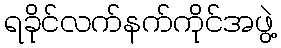
ရခိုင်လက်နက်ကိုင်အဖွဲ့